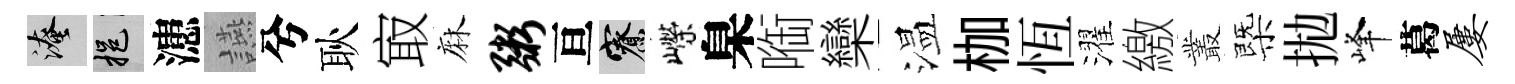
淹挹漶讌兮耿㝡麻粥亘寮嶸臬㗸欒温枷恆濯繳叢㮣拋峰葛屡